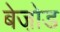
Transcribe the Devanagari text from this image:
बेजो़ड